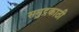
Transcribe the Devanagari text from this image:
समुद्रकाठी